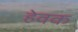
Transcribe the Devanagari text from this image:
हेवक